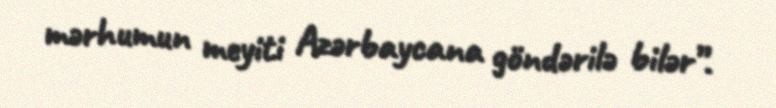
mərhumun meyiti Azərbaycana göndərilə bilər”.